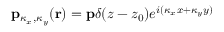
\mathbf { p } _ { \kappa _ { x } , \kappa _ { y } } ( \mathbf { r } ) = \mathbf { p } \delta ( z - z _ { 0 } ) e ^ { i ( \kappa _ { x } x + \kappa _ { y } y ) }